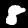
Label: 8